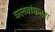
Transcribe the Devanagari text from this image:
क्लबांकरता